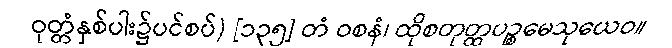
ဝုတ္တံနှစ်ပါး၌ပင်စပ်) [၁၃၅] တံ ဝစနံ၊ ထိုစတုတ္ထပဉ္စမေသုယေဝ။